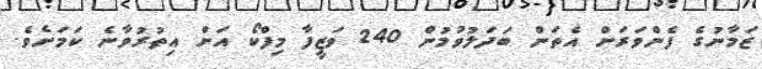
ޒަމާނުގެ ފެންވަރަށް އެތަން ބަދަލުވުމުން 240 ވަޒީފާ މިފްކޯ އަށް އިތުރުވާނެ ކަމަށެވެ.